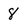
Character: 8